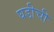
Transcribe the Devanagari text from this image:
घडीची